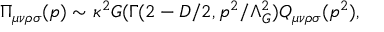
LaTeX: \Pi _ { \mu \nu \rho \sigma } ( p ) \sim \kappa ^ { 2 } { \cal G } ( \Gamma ( 2 - D / 2 , p ^ { 2 } / \Lambda _ { G } ^ { 2 } ) Q _ { \mu \nu \rho \sigma } ( p ^ { 2 } ) ,